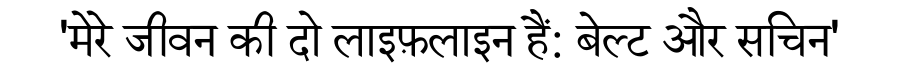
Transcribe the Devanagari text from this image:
'मेरे जीवन की दो लाइफ़लाइन हैं: बेल्ट और सचिन'